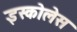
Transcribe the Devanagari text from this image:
इस्कोलेस